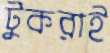
টুকরাই